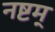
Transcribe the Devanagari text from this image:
नष्टम्